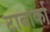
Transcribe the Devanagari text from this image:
टाबार्का